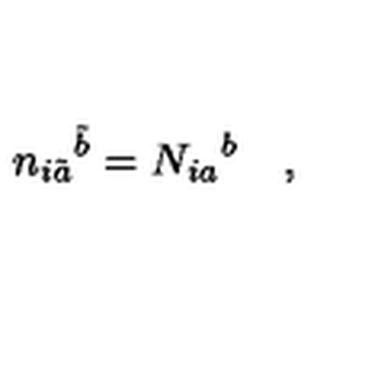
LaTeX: { n _ { i \tilde { a } } } ^ { \tilde { b } } = { N _ { i a } } ^ { b } \quad ,